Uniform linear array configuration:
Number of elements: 4
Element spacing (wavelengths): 0.75
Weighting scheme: hann
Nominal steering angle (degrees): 60
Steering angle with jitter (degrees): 59.614
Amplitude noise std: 0.05
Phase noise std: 0.05

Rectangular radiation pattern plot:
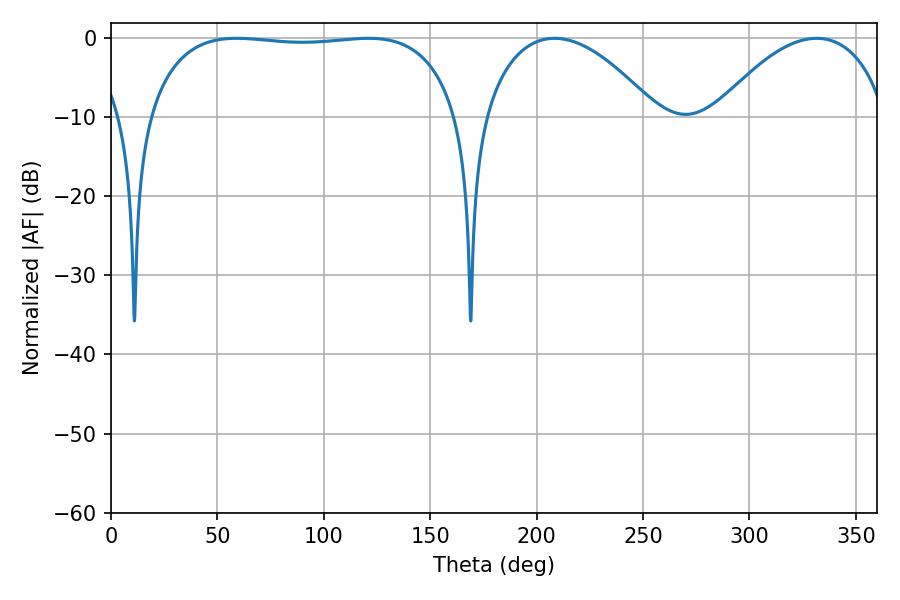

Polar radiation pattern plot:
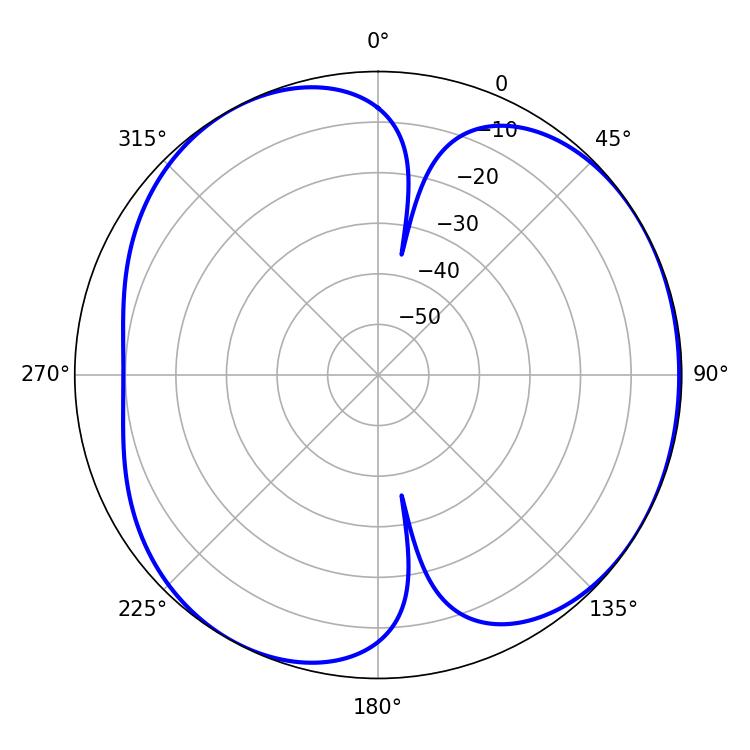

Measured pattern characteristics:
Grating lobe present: TRUE
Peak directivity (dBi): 4.609
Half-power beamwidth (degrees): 45.72
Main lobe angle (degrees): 208.44